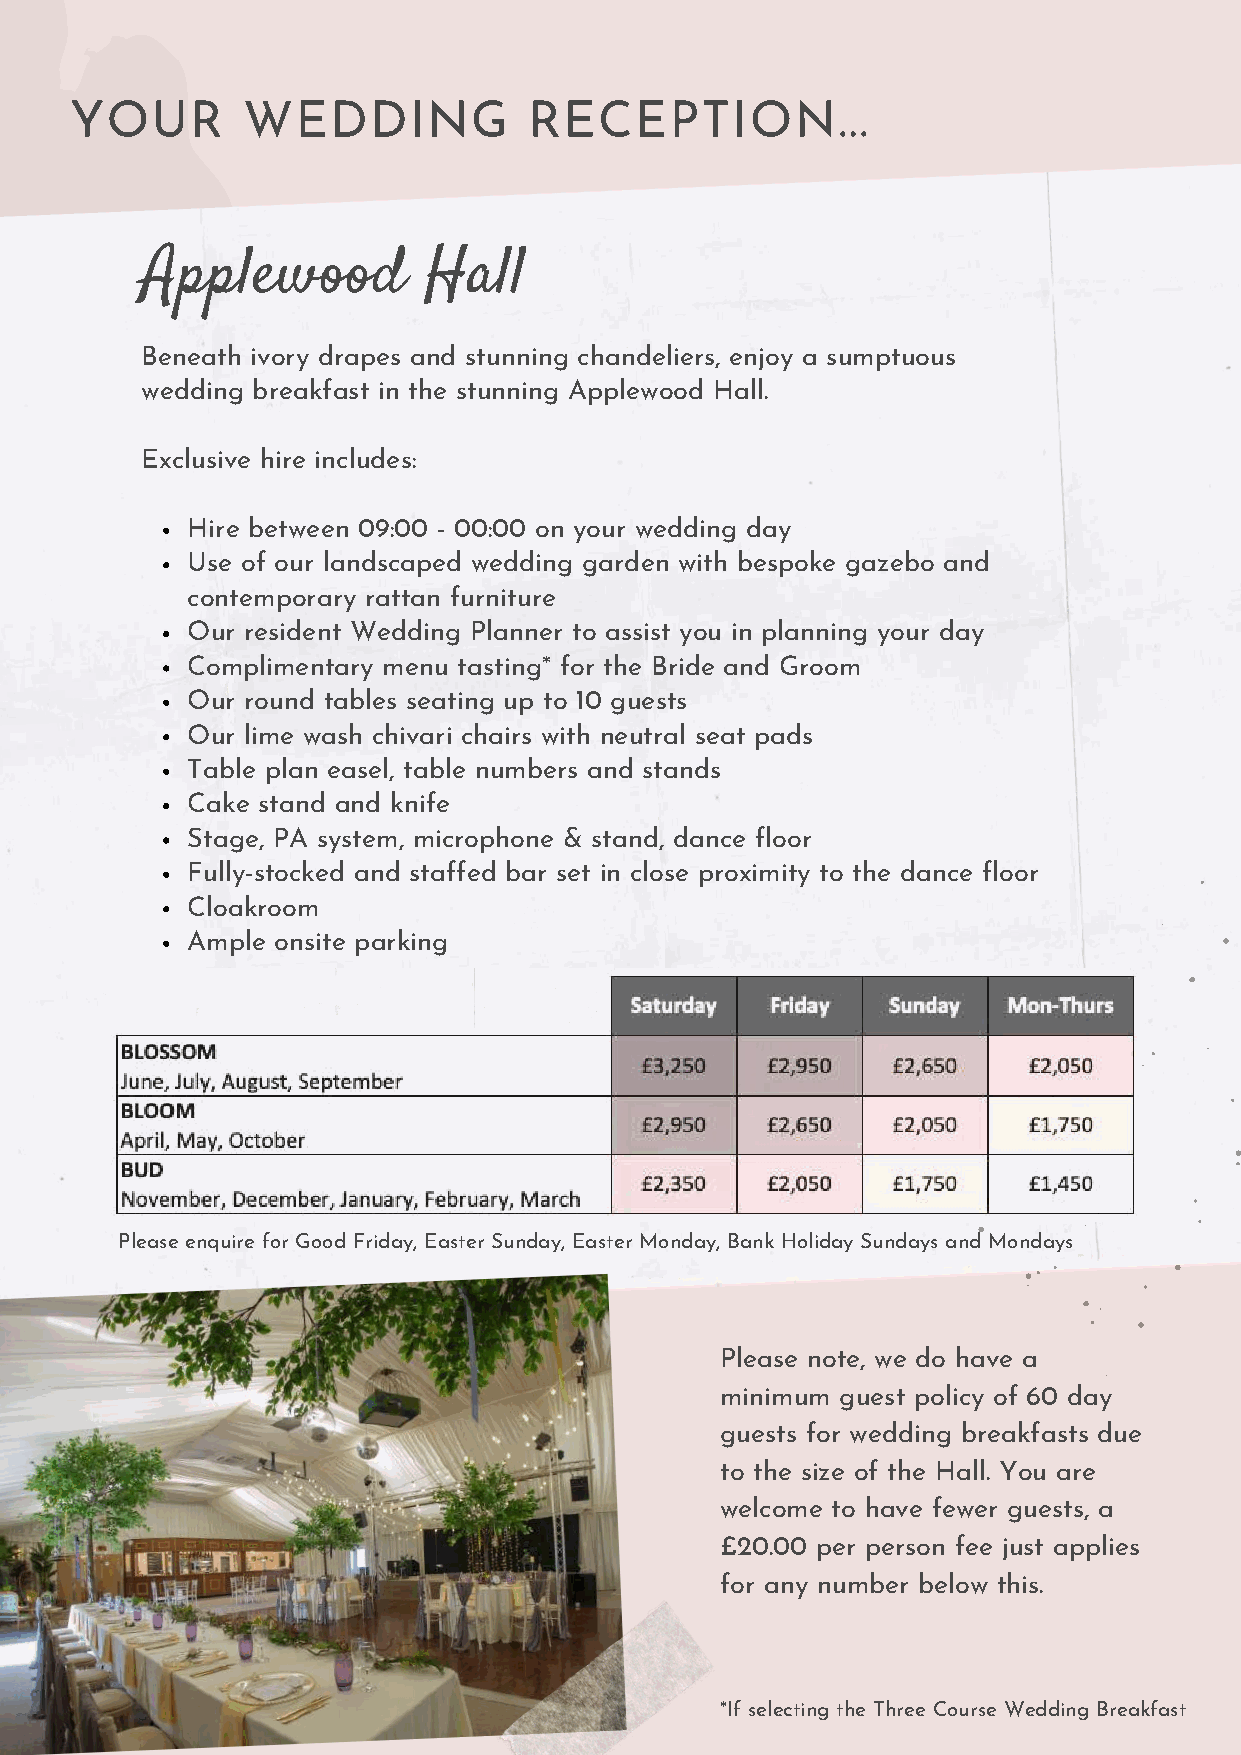
YOUR       WEDDING            RECEPTION...
 Applewood          Hall
 Beneath ivory drapes and stunning chandeliers, enjoy a sumptuous
 wedding breakfast in the stunning Applewood Hall.
 Exclusive hire includes:
 Hire between 09:00 - 00:00 on your wedding day
 Use of our landscaped wedding garden with bespoke gazebo and
 contemporary rattan furniture
 Our resident Wedding Planner to assist you in planning your day
 Complimentary menu tasting* for the Bride and Groom
 Our round tables seating up to 10 guests
 Our lime wash chivari chairs with neutral seat pads
 Table plan easel, table numbers and stands
 Cake stand and knife
 Stage, PA system, microphone & stand, dance floor
 Fully-stocked and staffed bar set in close proximity to the dance floor
 Cloakroom
 Ample onsite parking
 Please enquire for Good Friday, Easter Sunday, Easter Monday, Bank Holiday Sundays and Mondays
 Please note, we do have a
 minimum guest policy of 60 day
 guests for wedding breakfasts due
 to the size of the Hall. You are
 welcome to have fewer guests, a
 £20.00 per person fee just applies
 for any number below this.
 *If selecting the Three Course Wedding Breakfast